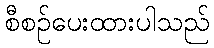
စီစဉ်ပေးထားပါသည်